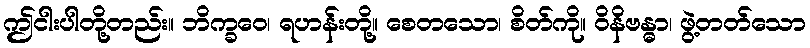
ဤငါးပါတို့တည်း။ ဘိက္ခဝေ၊ ရဟန်းတို့။ စေတသော၊ စိတ်ကို။ ဝိနိဗန္ဓာ၊ ဖွဲ့တတ်သော